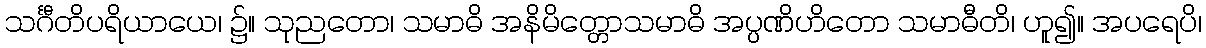
သင်္ဂီတိပရိယာယေ၊ ၌။ သုညတော၊ သမာဓိ အနိမိတ္တောသမာဓိ အပ္ပဏိဟိတော သမာဓီတိ၊ ဟူ၍။ အပရေပိ၊